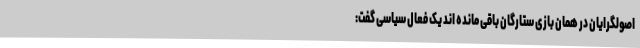
اصولگرایان در همان بازی ستارگان باقی مانده اند یک فعال سیاسی گفت: